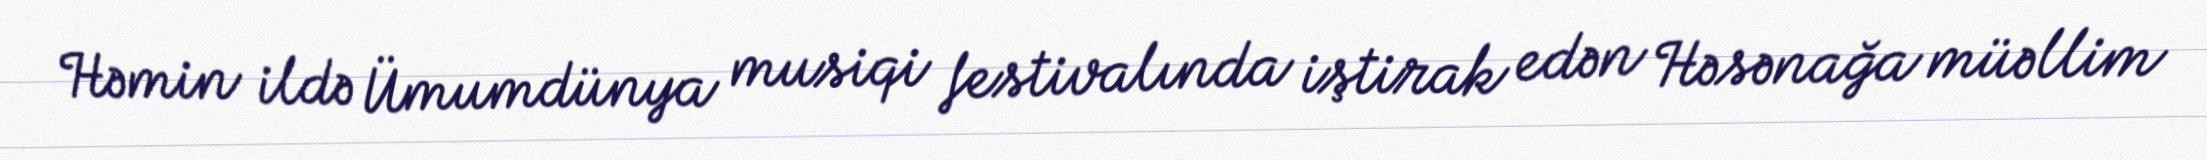
Həmin ildə Ümumdünya musiqi festivalında iştirak edən Həsənağa müəllim